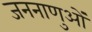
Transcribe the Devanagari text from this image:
जननाणुओं